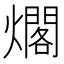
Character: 𰟫